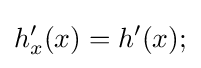
h_{x}'(x)=h'(x);